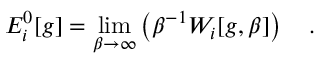
E _ { i } ^ { 0 } [ g ] = \operatorname * { l i m } _ { \beta \rightarrow \infty } \left( \beta ^ { - 1 } W _ { i } [ g , \beta ] \right) ~ ~ ~ .